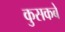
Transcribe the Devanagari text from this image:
कुसकबे